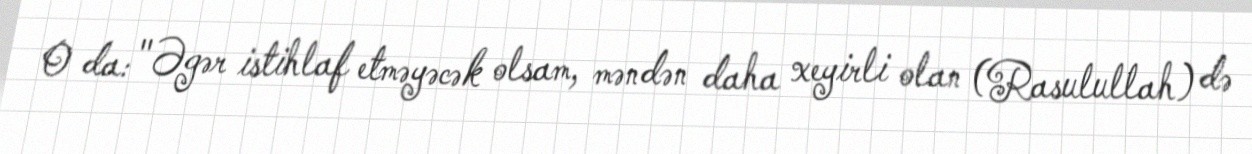
O da: "Əgər istihlaf etməyəcək olsam, məndən daha xeyirli olan (Rasulullah) də